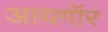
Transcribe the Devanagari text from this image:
आयगॉर